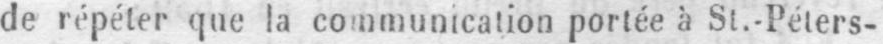
de répéter que la communication portée à St.-Péters-